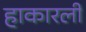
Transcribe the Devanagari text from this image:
हाकारली